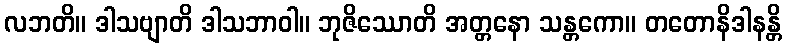
လဘတိ။ ဒါသဗျာတိ ဒါသဘာဝါ။ ဘုဇိဿောတိ အတ္တနော သန္တကော။ တတောနိဒါနန္တိ